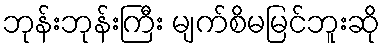
ဘုန်းဘုန်းကြီး မျက်စိမမြင်ဘူးဆို